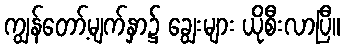
ကျွန်တော့်မျက်နှာ၌ ချွေးများ ယိုစီးလာပြီ။